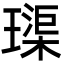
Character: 璖